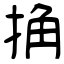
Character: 捔